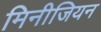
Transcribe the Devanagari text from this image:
मिनीजियन